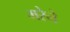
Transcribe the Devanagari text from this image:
मरेने